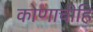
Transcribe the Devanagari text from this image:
कोणाचीहि